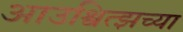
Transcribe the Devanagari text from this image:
आउश्वित्झच्या